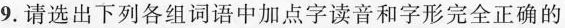
9.请选出下列各组词语中加点字读音和字形完全正确的